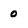
Character: 0